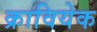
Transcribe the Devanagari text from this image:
क्रावियेक